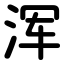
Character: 浑